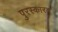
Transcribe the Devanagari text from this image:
पुरस्कारव